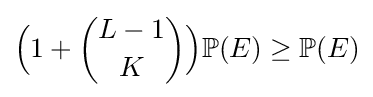
{\Big (}1+{L-1 \choose K}{\Big )}\mathbb {P} (E)\geq \mathbb {P} (E)